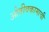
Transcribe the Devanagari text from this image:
ओतीवकामाची